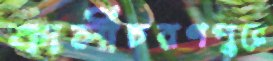
কালীচরণপুরে